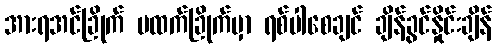
အားရအင်ခြိုက် ဗထက်ခြိုက်မှာ ရစ်ပါစေချင် ချိန်ခွင်နှိုင်းချိန်